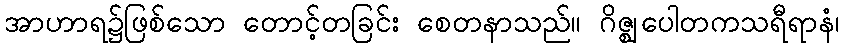
အာဟာရ၌ဖြစ်သော တောင့်တခြင်း စေတနာသည်။ ဂိဇ္ဈပေါတကသရီရာနံ၊